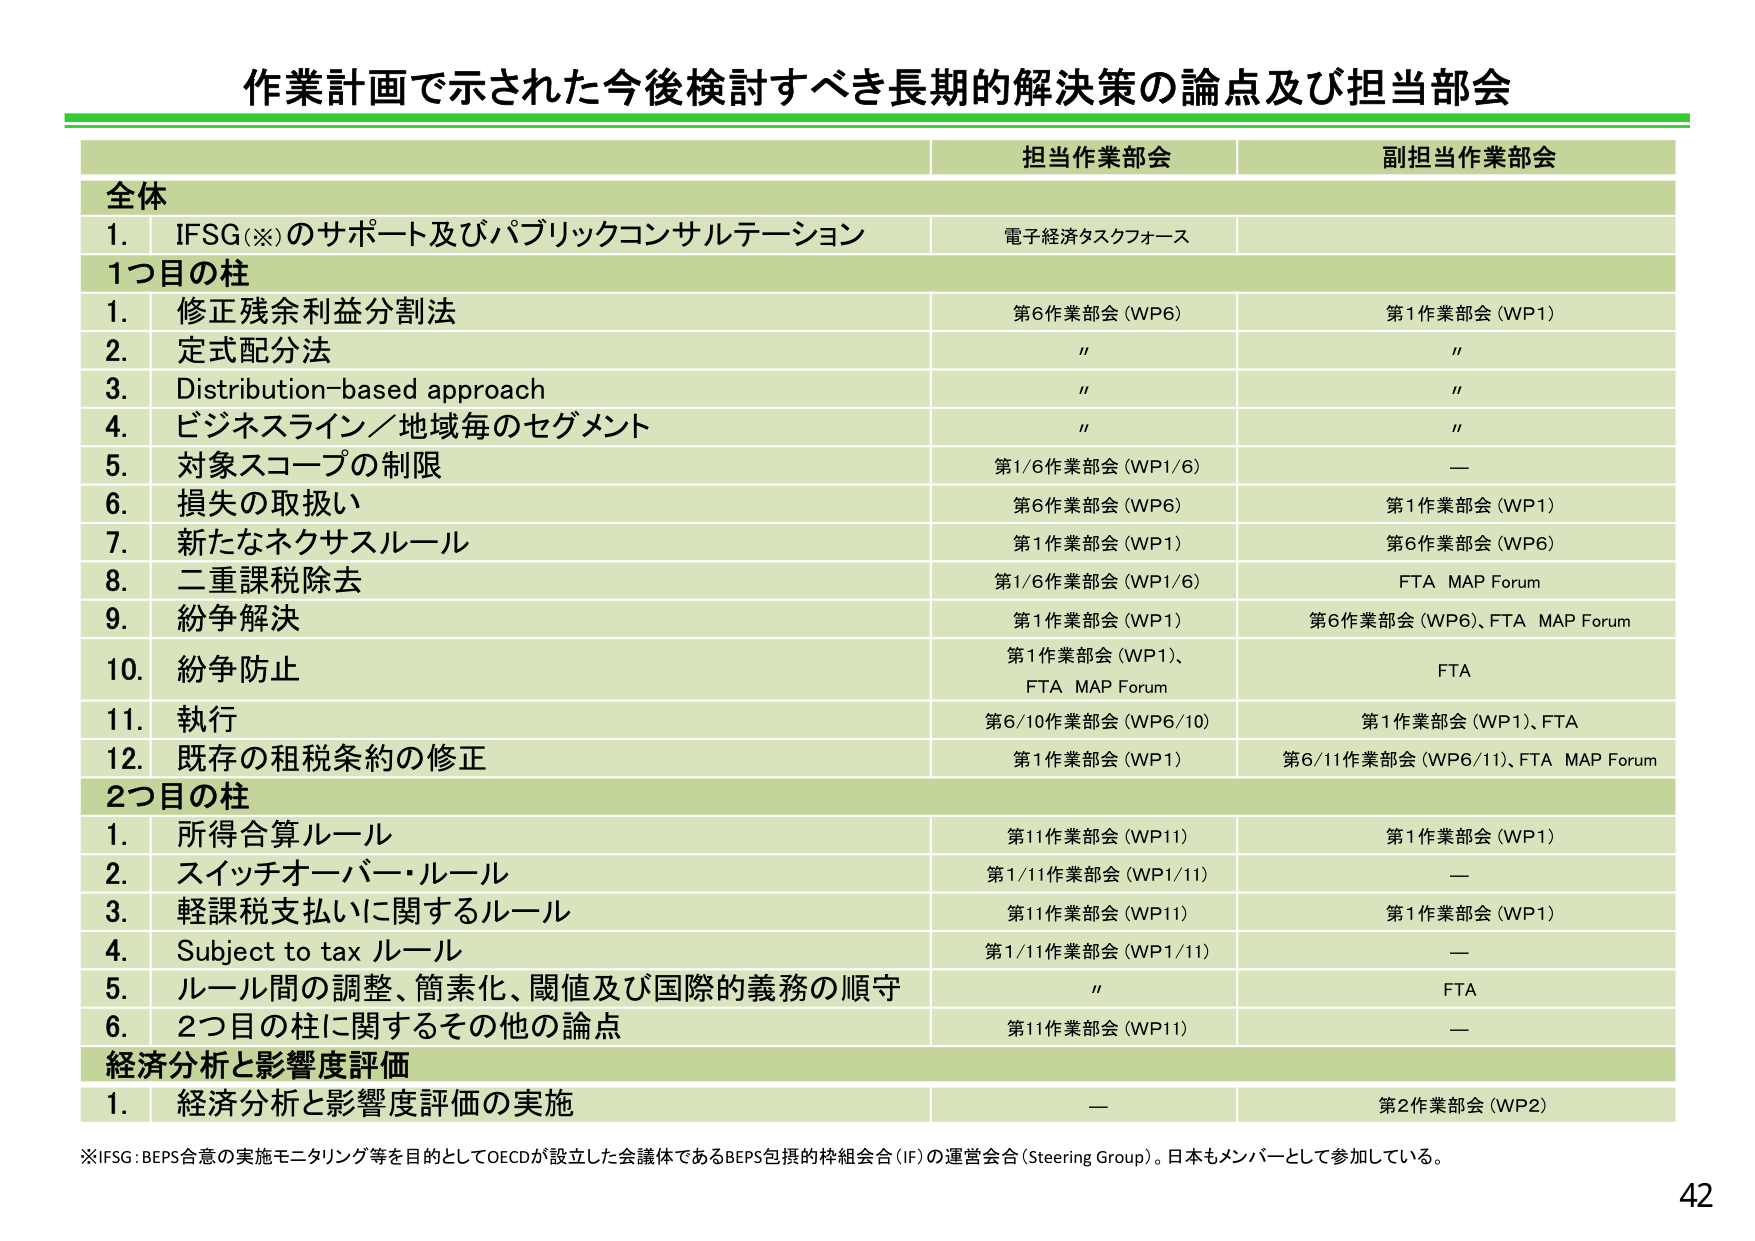
作業計画で示された今後検討すべき長期的解決策の論点及び担当部会

担当作業部会　　副担当作業部会

全体
1. IFSG(※)のサポート及びパブリックコンサルテーション　　電子経済タスクフォース

1つ目の柱
1. 修正残余利益分割法　　第6作業部会 (WP6)　　第1作業部会 (WP1)
2. 定式配分法　　"　　"
3. Distribution-based approach　　"　　"
4. ビジネスライン／地域毎のセグメント　　"　　"
5. 対象スコープの制限　　第1/6作業部会 (WP1/6)　　—
6. 損失の取扱い　　第6作業部会 (WP6)　　第1作業部会 (WP1)
7. 新たなネクサスルール　　第1作業部会 (WP1)　　第6作業部会 (WP6)
8. 二重課税除去　　第1/6作業部会 (WP1/6)　　FTA MAP Forum
9. 紛争解決　　第1作業部会 (WP1)　　第6作業部会 (WP6)、FTA MAP Forum
10. 紛争防止　　第1作業部会 (WP1)、FTA MAP Forum　　FTA
11. 執行　　第6/10作業部会 (WP6/10)　　第1作業部会 (WP1)、FTA
12. 既存の租税条約の修正　　第1作業部会 (WP1)　　第6/11作業部会 (WP6/11)、FTA MAP Forum

2つ目の柱
1. 所得合算ルール　　第11作業部会 (WP11)　　第1作業部会 (WP1)
2. スイッチオーバー・ルール　　第1/11作業部会 (WP1/11)　　—
3. 軽課税支払いに関するルール　　第11作業部会 (WP11)　　第1作業部会 (WP1)
4. Subject to tax ルール　　第1/11作業部会 (WP1/11)　　—
5. ルール間の調整、簡素化、閾値及び国際的義務の順守　　"　　FTA
6. 2つ目の柱に関するその他の論点　　第11作業部会 (WP11)　　—

経済分析と影響度評価
1. 経済分析と影響度評価の実施　　—　　第2作業部会 (WP2)

※IFSG: BEPS合意の実施モニタリング等を目的としてOECDが設立した会議体であるBEPS包摂的枠組会合(IF)の運営会合(Steering Group)。日本もメンバーとして参加している。

42